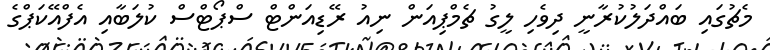
މެޗުގައި ބައްދަލުކުރާނީ ދިވެހި ލީގު ޗެމްޕިއަން ނިއު ރޭޑިއަންޓް ސްޕޯޓްސް ކުލަބާއި އެފްއޭކަޕްގެ